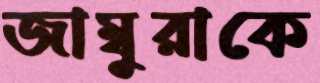
জাম্বুরাকে